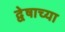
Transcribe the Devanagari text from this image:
द्वेषाच्या